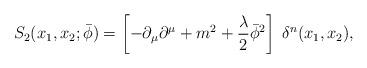
LaTeX: \begin{align*}S_2(x_1,x_2;\bar \phi)= \left[- \partial_\mu \partial^\mu + m^2 + {\lambda \over 2} {\bar \phi}^2\right] \; \delta^n (x_1,x_2),\end{align*}